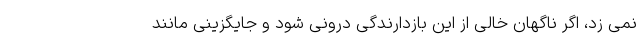
نمی زد، اگر ناگهان خالی از این بازدارندگی درونی شود و جایگزینی مانند